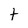
Character: t